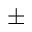
\pm